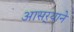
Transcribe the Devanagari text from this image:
आसर्‍याने